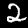
Label: 2